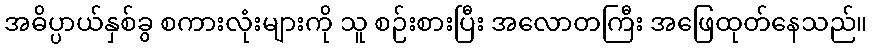
အဓိပ္ပာယ်နှစ်ခွ စကားလုံးများကို သူ စဉ်းစားပြီး အလောတကြီး အဖြေထုတ်နေသည်။